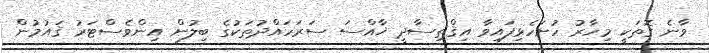
ވާނެ ގޮތަކީ މިހާރު ހުށަހެޅިފައިވާ އިޤްތިސާދީ ޚާއްސަ ސަރަހައްދުތަކުގެ ބިލުން އިންވެސްޓަރު ޤައުމުން